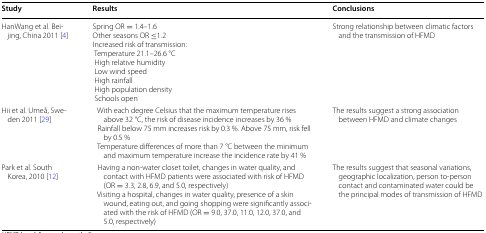
| Study | Results | Conclusions |
 | --- | --- | --- |
 | HanWang et al. Beijing, China 2011 [4] | Spring OR = 1.4–1.6Other seasons OR ≤1.2Increased risk of transmission: Temperature 21.1–26.6 °C High relative humidity Low wind speed High rainfall High population density Schools open | Strong relationship between climatic factors and the transmission of HFMD |
 | Hii et al. Umeå, Sweden 2011 [29] | With each degree Celsius that the maximum temperature rises above 32 °C, the risk of disease incidence increases by 36 % Rainfall below 75 mm increases risk by 0.3 %. Above 75 mm, risk fell by 0.5 % Temperature differences of more than 7 °C between the minimum and maximum temperature increase the incidence rate by 41 % | The results suggest a strong association between HFMD and climate changes |
 | Park et al. South Korea, 2010 [12] | Having a non-water closet toilet, changes in water quality, and contact with HFMD patients were associated with risk of HFMD (OR = 3.3, 2.8, 6.9, and 5.0, respectively) Visiting a hospital, changes in water quality, presence of a skin wound, eating out, and going shopping were significantly associated with the risk of HFMD (OR = 9.0, 37.0, 11.0, 12.0, 37.0, and 5.0, respectively) | The results suggest that seasonal variations, geographic localization, person to-person contact and contaminated water could be the principal modes of transmission of HFMD |